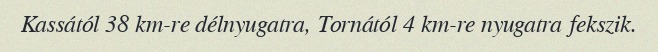
Kassától 38 km-re délnyugatra, Tornától 4 km-re nyugatra fekszik.